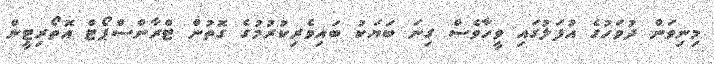
މިނިވަން ދުވަހުގެ އުފަލުގައި ވީހާވެސް ގިނަ ބަޔަކު ބައިވެރިކުރުމުގެ ގޮތުން ޓްރާންސްޕޯޓް އޮތޯރިޓީން